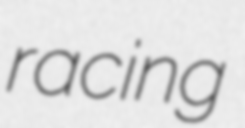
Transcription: racing